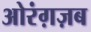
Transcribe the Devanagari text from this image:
ओरंग़ज़ब